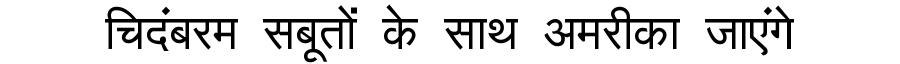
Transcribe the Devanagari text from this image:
चिदंबरम सबूतों के साथ अमरीका जाएंगे